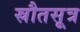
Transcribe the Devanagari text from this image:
स्रौतसूत्र